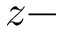
z -